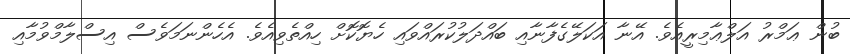
ބުން ޢަމްރު އަލްޢާމިރީއެވެ. އޭނާ އަކަލޭގެފާނާއި ބައްދަލުކުރައްވައި ހެޔޮކޮށް ހިއްތެވިއެވެ. އެހެންނަމަވެސް އިސްލާމްވުމާއި